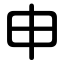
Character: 申